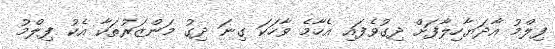
ފިލްމު އާދަޔާހިލާފަށް ދިގުވެފައި އެހާމެ ވާހަކަ ގިނަ ދިގު މަންޒަރުތަކާ އެކު ފިލްމު